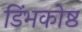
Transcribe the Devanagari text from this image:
डिंभकोष्ठ